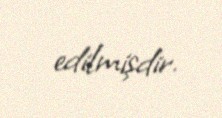
edilmişdir.